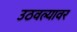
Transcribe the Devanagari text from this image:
उठवल्यावर